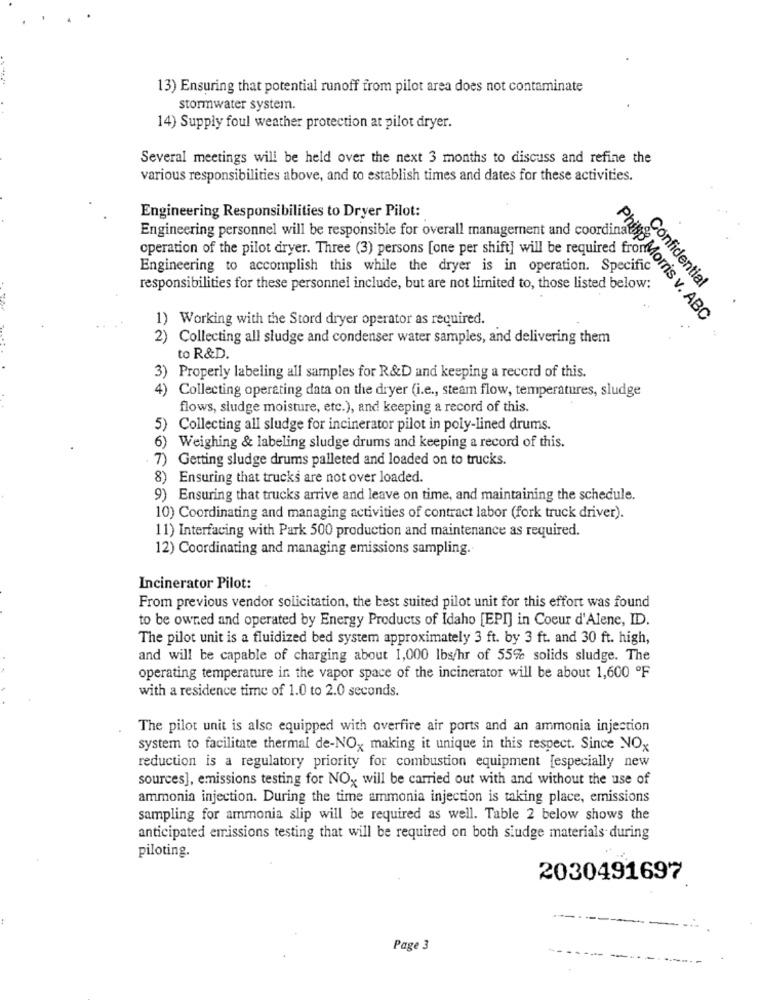
13) Ensuring that potential runoff from pilot area does not contaminate
stormwater system.
14) Supply foul weather protection at pilot dryer.
Several meetings will be held over the next 3 months to discuss and refine the
various responsibilities above, and to establish times and dates for these activities.
Engineering Responsibilities to Dryer Pilot:
Engineering personnel will be responsible for overall managernent and coordinate
operation of the pilot dryer. Three (3) persons [one per shift] will be required from
Engineering to accomplish this while the dryer is in operation. Specific
Confidential
responsibilities for these personnel include, but are not limited to, those listed below:
1) Working with the Stord dryer operator as required.
Philip Morris v. ABC
2) Collecting all sludge and condenser water samples, and delivering them
to R&D.
3) Properly labeling all samples for R&D and keeping a record of this.
4) Collecting operating data on the dryer (i.e ., steam flow, temperatures, sludge
flows, sludge moisture, etc.), and keeping a record of this.
5)
Collecting all sludge for incinerator pilot in poly-lined drums.
6) Weighing & labeling sludge drums and keeping a record of this.
7) Getting sludge drums palleted and loaded on to trucks.
8) Ensuring that trucks are not over loaded.
9) Ensuring that trucks arrive and leave on time, and maintaining the schedule.
10) Coordinating and managing activities of contract labor (fork truck driver).
11) Interfacing with Park 500 production and maintenance as required.
12) Coordinating and managing emissions sampling.
Incinerator Pilot:
From previous vendor solicitation, the best suited pilot unit for this effort was found
to be owned and operated by Energy Products of Idaho [EPI] in Coeur d'Alene, ID.
The pilot unit is a fluidized bed system approximately 3 ft. by 3 ft. and 30 ft. high,
and will be capable of charging about 1,000 lbs/hr of 55% solids sludge. The
operating temperature in the vapor space of the incinerator will be about 1,600 ºF
with a residence time of 1.0 to 2.0 seconds.
The pilot unit is also equipped with overfire air ports and an ammonia injection
system to facilitate thermal de-NOx making it unique in this respect. Since NOx
reduction is a regulatory priority for combustion equipment [especially new
sources], emissions testing for NOx will be carried out with and without the use of
ammonia injection. During the time ammonia injection is taking place, emissions
sampling for ammonia slip will be required as well. Table 2 below shows the
anticipated emissions testing that will be required on both sludge materials during
piloting.
2030491697
Page 3